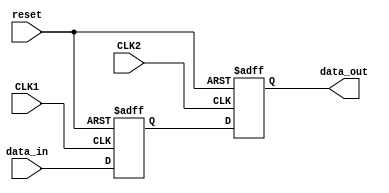
module timing_sync_block (
    input wire CLK1,        // Clock input for domain 1
    input wire CLK2,        // Clock input for domain 2
    input wire reset,       // Reset signal
    input wire data_in,     // Input data signal
    output reg data_out     // Output data signal
);

reg synchronized_data;     // Synchronized data signal

always @ (posedge CLK1 or posedge reset) begin
    if (reset) begin
        synchronized_data <= 1'b0;  // Reset synchronized data
    end else begin
        synchronized_data <= data_in;    // Synchronize input data
    end
end

always @ (posedge CLK2 or posedge reset) begin
    if (reset) begin
        data_out <= 1'b0;   // Reset output data
    end else begin
        data_out <= synchronized_data;  // Output synchronized data
    end
end

endmodule